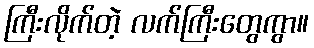
ကြီးလိုက်တဲ့ လက်ကြီးတွေကွာ။